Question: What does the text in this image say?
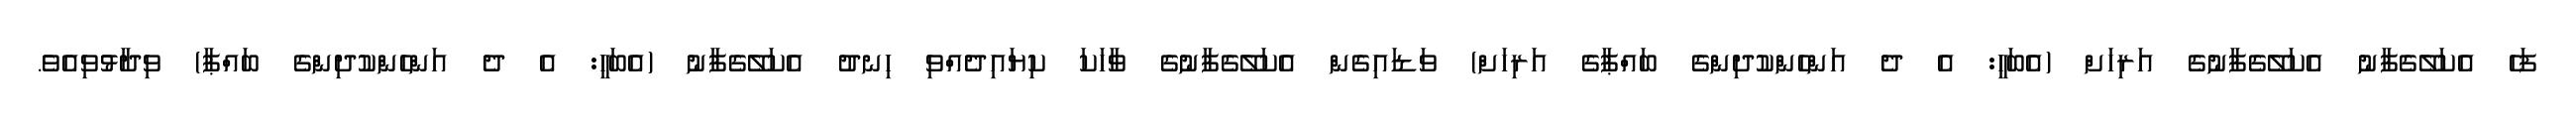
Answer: ފަހެ އެކަލޭގެފާނު އެކަލޭގެފާނުގެ އަރިހަށް (އެބަހީ: އެ ދެ އަންހެންކުދިންގެ ބައްޕާގެ އަރިހަށް) ވަޑައިގެން އެކަލޭގެފާނުގެ ވާހަކަ ކިޔައިދެއްވި ހިނދު އެކަލޭގެފާނު (އެބަހީ: އެ ދެ އަންހެންކުދިންގެ ބައްޕާ) ވިދާޅުވިއެވެ.